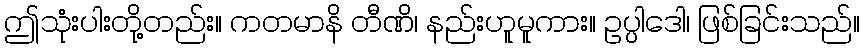
ဤသုံးပါးတို့တည်း။ ကတမာနိ တီဏိ၊ နည်းဟူမူကား။ ဥပ္ပါဒေါ၊ ဖြစ်ခြင်းသည်။